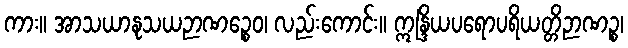
ကား။ အာသယာနုသယဉာဏဉ္စေဝ၊ လည်းကောင်း။ ဣန္ဒြိယပရောပရိယတ္တိဉာဏဉ္စ၊